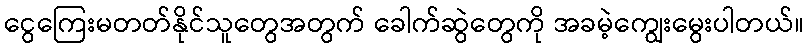
ငွေကြေးမတတ်နိုင်သူတွေအတွက် ခေါက်ဆွဲတွေကို အခမဲ့ကျွေးမွေးပါတယ်။